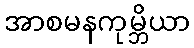
အာစမနကုမ္ဘိယာ